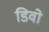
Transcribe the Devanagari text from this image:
डिवो